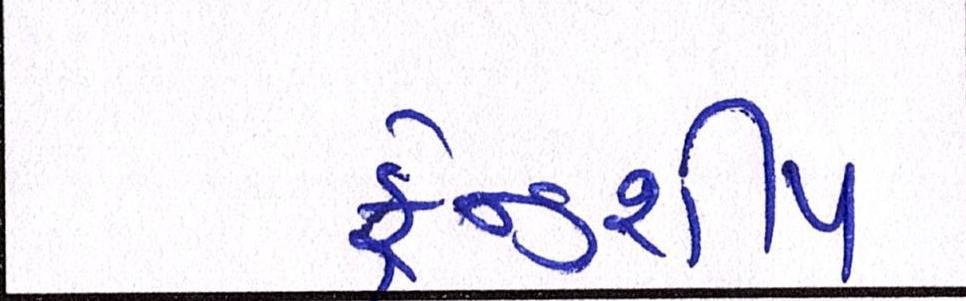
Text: ફ્રેન્ડશીપ